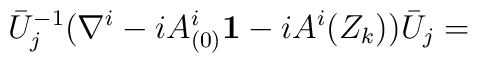
\bar{U}_j^{-1} (\nabla^i- i A^i_{(0)}{\bf 1} - i A^i(Z_k) ) \bar{U}_j =